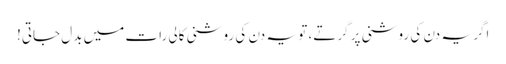
اگر یہ دن کی روشنی پر گرتے، تو یہ دن کی روشنی کالی رات میں بدل جاتی!